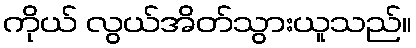
ကိုယ် လွယ်အိတ်သွားယူသည်။